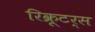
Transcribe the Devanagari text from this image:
रिक्रूटर्स